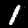
Label: 1